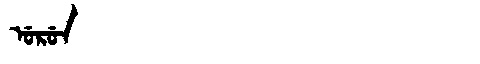
Manchu: ᡠᡵᡠᠨ
Romanization: URUN